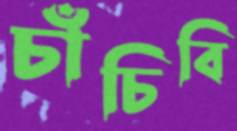
চাঁচিবি